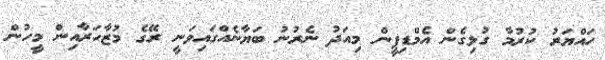
ހައްޔަރު ކުރުމާ ގުޅިގެން އެމްޑިޕީން މިއަދު ނެރުނު ބަޔާނެއްގައިވަނީ ރޭގެ މުޒާހަރާއިން މީހުން